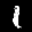
Label: 1